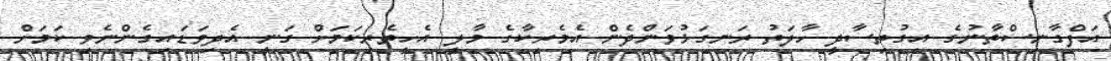
އަފްގާނިސްތާނުގެ އިގުތިސާދީ ހާލަތު ރަނގަޅުވަންދެން އެމެރިކާގެ މާލީ އެހީތެރިކަމަށް ގަނީ އެދިވަޑައިގެންނެވި ކަމަށް